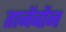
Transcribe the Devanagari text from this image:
तानेंबौन